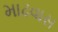
માઢવાસ